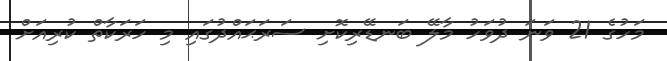
މަހުގެ 21 ވަނަ ދުވަހު މާލޭ ބަނޑޭރިކޮށި ސަރަޙައްދުގައި މި ހަރަކާތް ކުރިއަށް